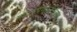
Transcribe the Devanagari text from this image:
मापनप्रणालीनुसार